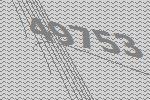
49753